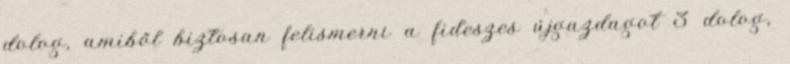
dolog, amiből biztosan felismerni a fideszes újgazdagot 3 dolog,